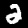
Digit: 2